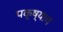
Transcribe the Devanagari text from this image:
पक्ष्याचं